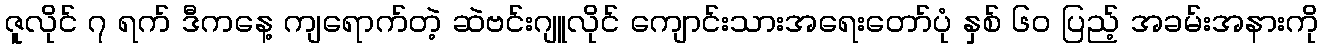
ဇူလိုင် ၇ ရက် ဒီကနေ့ ကျရောက်တဲ့ ဆဲဗင်းဂျူလိုင် ကျောင်းသားအရေးတော်ပုံ နှစ် ၆၀ ပြည့် အခမ်းအနားကို